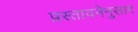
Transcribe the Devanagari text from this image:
प्रस्तावनेनुसार